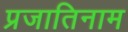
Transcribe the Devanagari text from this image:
प्रजातिनाम